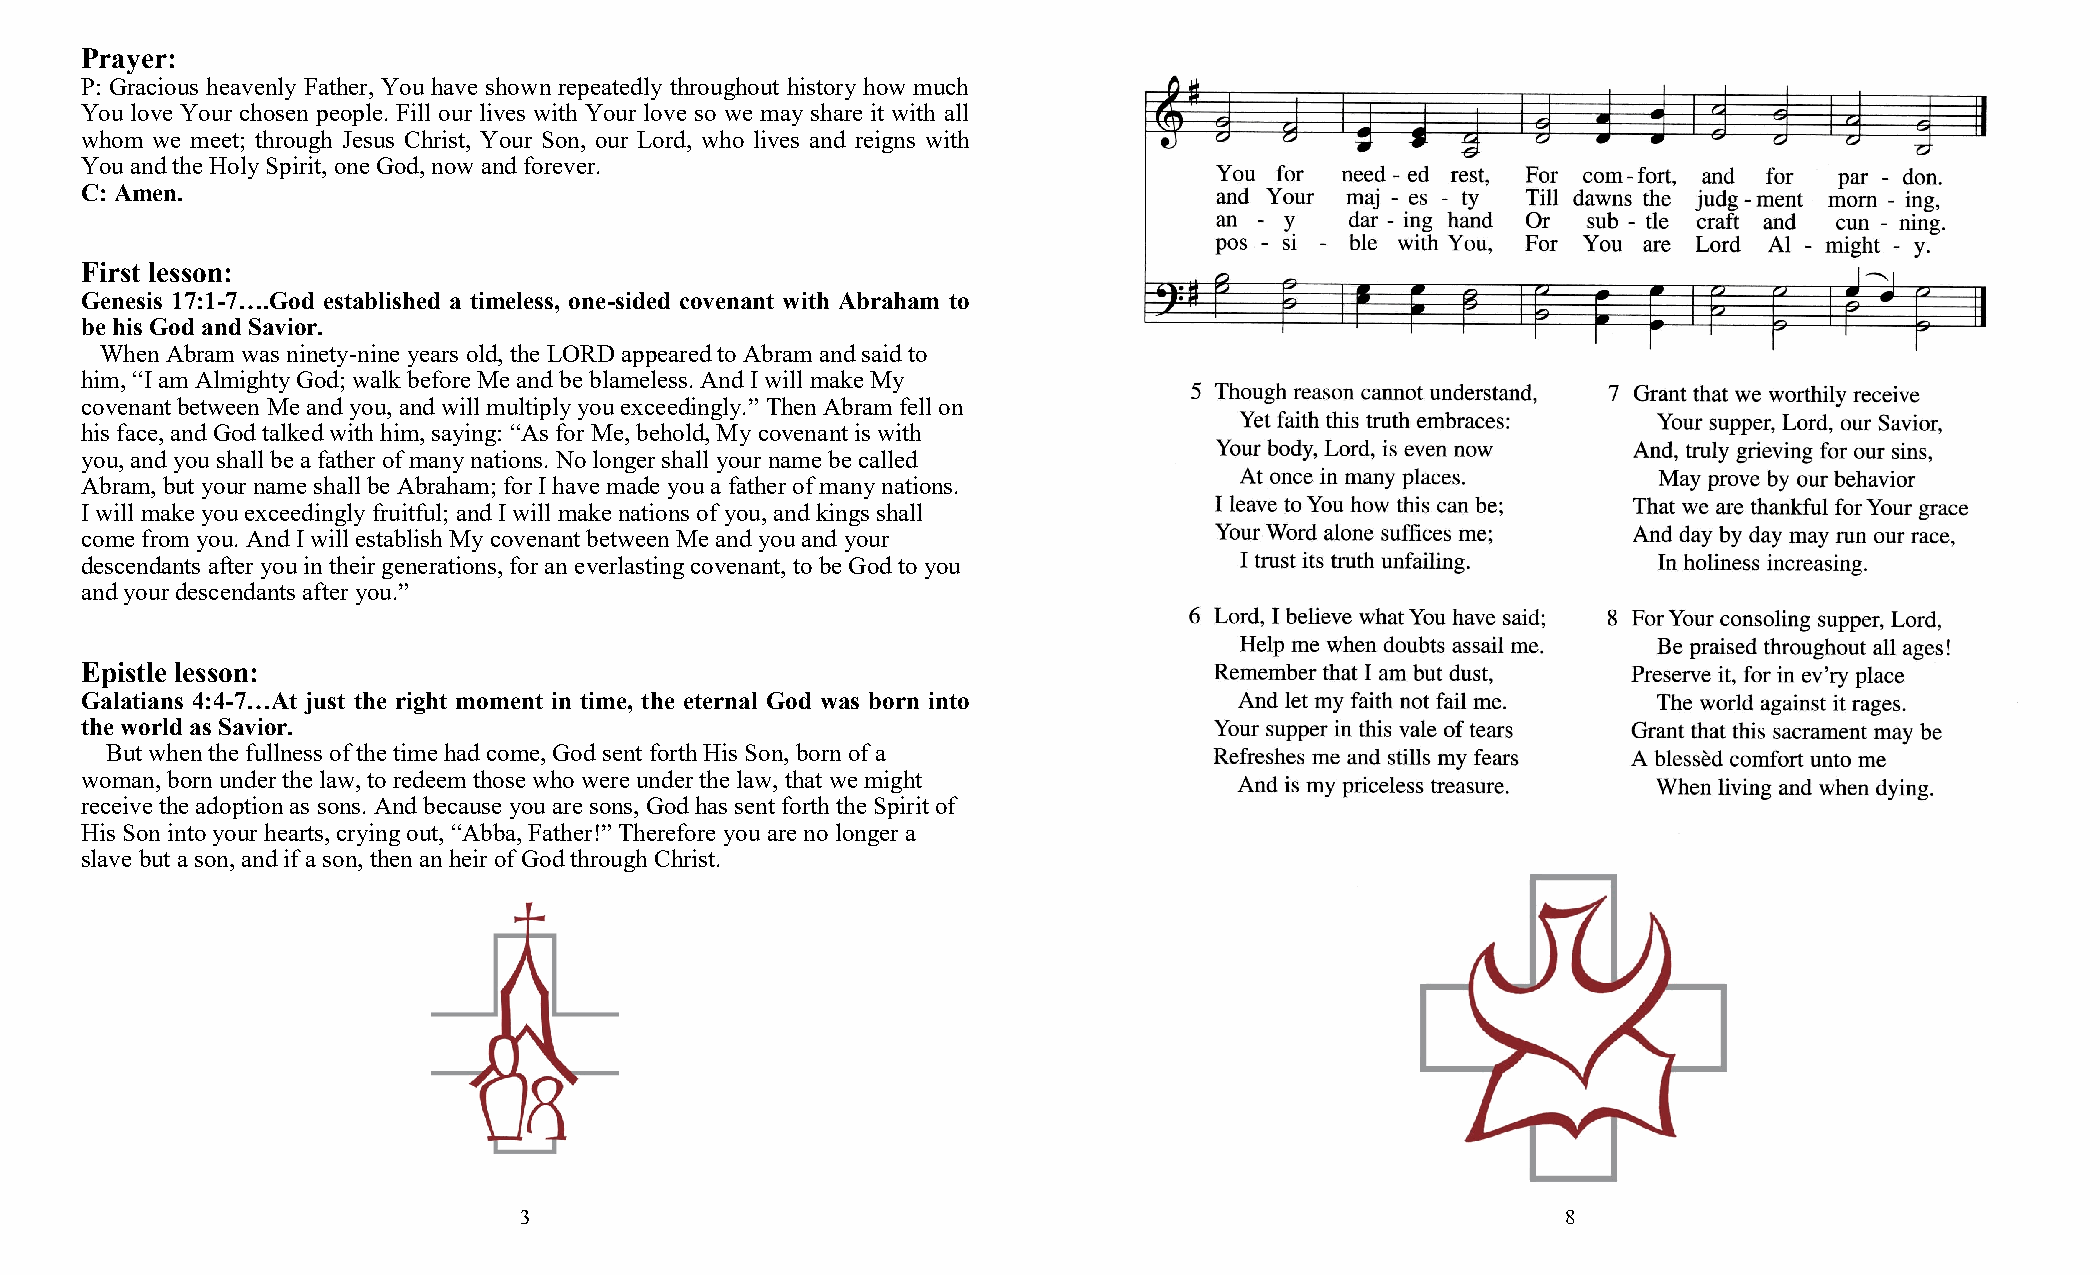
Prayer:
 P: Gracious heavenly Father, You have shown repeatedly throughout history how much
 You love Your chosen people. Fill our lives with Your love so we may share it with all
 whom we meet; through Jesus Christ, Your Son, our Lord, who lives and reigns with
 You and the Holy Spirit, one God, now and forever.
 C: Amen.
 First lesson:
 Genesis 17:1-7….God established a timeless, one-sided covenant with Abraham to
 be his God and Savior.
 When Abram was ninety-nine years old, the LORD appeared to Abram and said to
 him, “I am Almighty God; walk before Me and be blameless. And I will make My
 covenant between Me and you, and will multiply you exceedingly.” Then Abram fell on
 his face, and God talked with him, saying: “As for Me, behold, My covenant is with
 you, and you shall be a father of many nations. No longer shall your name be called
 Abram, but your name shall be Abraham; for I have made you a father of many nations.
 I will make you exceedingly fruitful; and I will make nations of you, and kings shall
 come from you. And I will establish My covenant between Me and you and your
 descendants after you in their generations, for an everlasting covenant, to be God to you
 and your descendants after you.”
 Epistle lesson:
 Galatians 4:4-7…At just the right moment in time, the eternal God was born into
 the world as Savior.
 But when the fullness of the time had come, God sent forth His Son, born of a
 woman, born under the law, to redeem those who were under the law, that we might
 receive the adoption as sons. And because you are sons, God has sent forth the Spirit of
 His Son into your hearts, crying out, “Abba, Father!” Therefore you are no longer a
 slave but a son, and if a son, then an heir of God through Christ.
 3                                                                     8